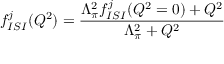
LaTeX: f _ { I S I } ^ { j } ( Q ^ { 2 } ) = \frac { \Lambda _ { \pi } ^ { 2 } f _ { I S I } ^ { j } ( Q ^ { 2 } = 0 ) + Q ^ { 2 } } { \Lambda _ { \pi } ^ { 2 } + Q ^ { 2 } }